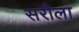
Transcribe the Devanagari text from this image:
सरीला